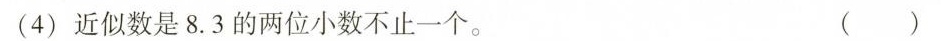
（4）近似数是8.3的两位小数不止一个。 ( )